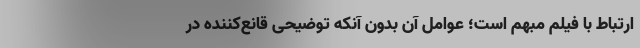
ارتباط با فیلم مبهم است؛ عوامل آن بدون آنکه توضیحی قانع‌کننده در